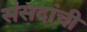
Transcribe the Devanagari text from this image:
संसदांची